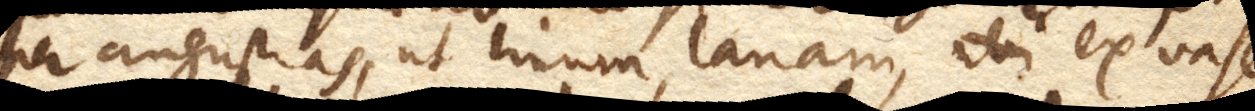
per angustias, ut linum, lanam, ex vase